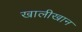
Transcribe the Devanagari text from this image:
खालीखान